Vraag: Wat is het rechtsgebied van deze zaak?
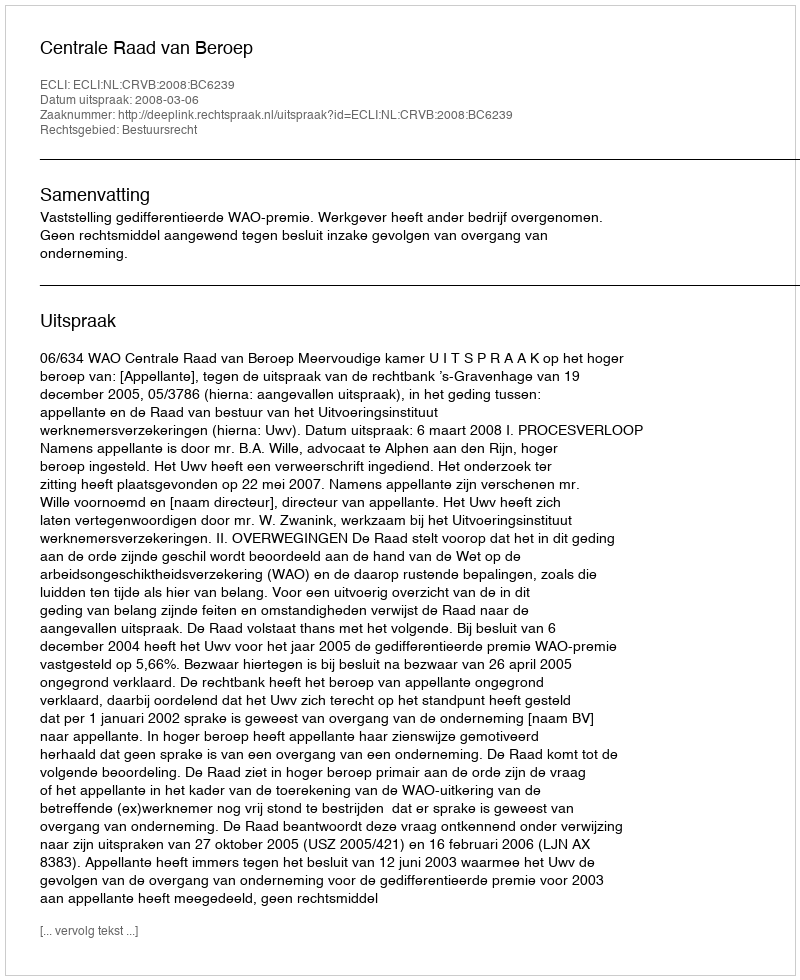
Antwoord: Bestuursrecht